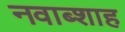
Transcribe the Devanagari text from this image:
नवाब्शाह